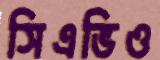
সিএভিও